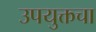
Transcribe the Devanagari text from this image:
उपयुक्तचा